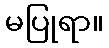
မပြုရာ။